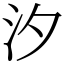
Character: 汐